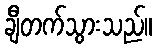
ချီတက်သွားသည်။